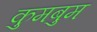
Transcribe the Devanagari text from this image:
कुमबुम